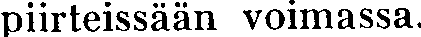
piirteissään voimassa.